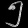
Digit: ၅